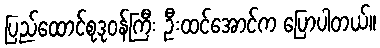
ပြည်ထောင်စုဒုဝန်ကြီး ဦးထင်အောင်က ပြောပါတယ်။